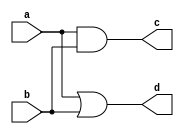
module delay_example (
    input wire a,
    input wire b,
    output reg c,
    output reg d
);

// Combinational logic with blocking assignment and delay
always @(*) begin
    #5 c = a & b; // 5-time unit delay for blocking assignment
end

// Combinational logic with non-blocking assignment and delay
always @(*) begin
    #10 d <= a | b; // 10-time unit delay for non-blocking assignment
end

endmodule